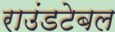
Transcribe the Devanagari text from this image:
राउंडटेबल